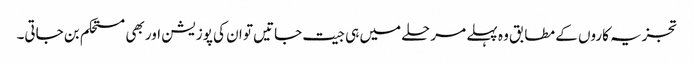
تجزیہ کاروں کے مطابق وہ پہلے مرحلے میں ہی جیت جاتیں تو ان کی پوزیشن اور بھی مستحکم بن جاتی۔